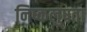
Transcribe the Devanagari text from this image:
निष्कलुषता